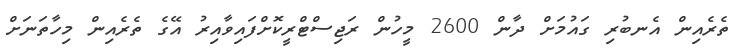
ތެރެއިން އެނބުރި ގައުމަށް ދާން 2600 މީހުން ރަޖިސްޓްރީކޮށްފައިވާއިރު އޭގެ ތެރެއިން މިހާތަނަށް